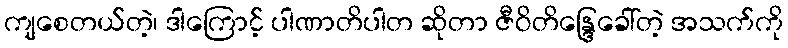
ကျစေတယ်တဲ့၊ ဒါကြောင့် ပါဏာတိပါတ ဆိုတာ ဇီဝိတိန္ဒြေခေါ်တဲ့ အသက်ကို